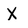
Character: X